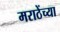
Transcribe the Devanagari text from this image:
मराठेंच्या